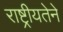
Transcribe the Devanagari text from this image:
राष्ट्रीयतेने